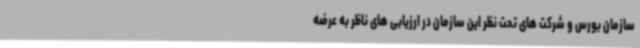
سازمان بورس و شرکت های تحت نظر این سازمان در ارزیابی های ناظر به عرضه